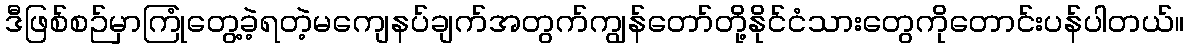
ဒီဖြစ်စဉ်မှာကြုံတွေ့ခဲ့ရတဲ့မကျေနပ်ချက်အတွက်ကျွန်တော်တို့နိုင်ငံသားတွေကိုတောင်းပန်ပါတယ်။